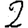
Digit: 2